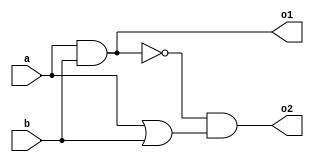
// verilog file for the homework first in vlsi II

module hw1(a, b, o1, o2);
	input a, b;
	output o1, o2;
	wire w1, w2, w3;

	//assign w1 = ~(a & b);
	//assign w2 = a | b;
	//assign w3 = ~(~(a & b) & (a | b));
	assign o1 = (a & b);
	assign o2 = (~(a & b) & (a | b));
endmodule